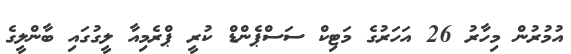
އުމުރުން މިހާރު 26 އަހަރުގެ މަޓިކް ސަސްޕެންޑް ކުރީ ޕްރެމިއާ ލީގުގައި ބާންލީގެ